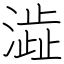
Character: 澁